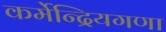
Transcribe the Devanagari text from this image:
कर्मेन्द्रियगणा